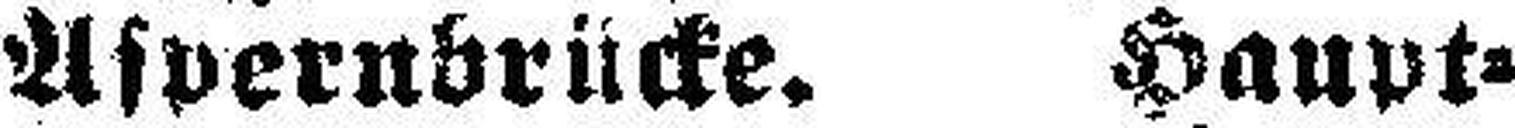
Aspernbrücke. Haupt¬